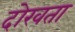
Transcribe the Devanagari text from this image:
दोखता